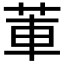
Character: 莗